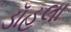
ડૉહલા